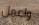
واعمل